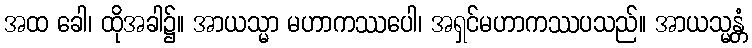
အထ ခေါ၊ ထိုအခါ၌။ အာယသ္မာ မဟာကဿပေါ၊ အရှင်မဟာကဿပသည်။ အာယသ္မန္တံ